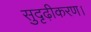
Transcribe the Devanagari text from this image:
सुदृढ़ीकरण।